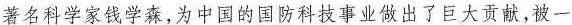
著名科学家钱学森，为中国的国防科技事业做出了巨大贡献，被一